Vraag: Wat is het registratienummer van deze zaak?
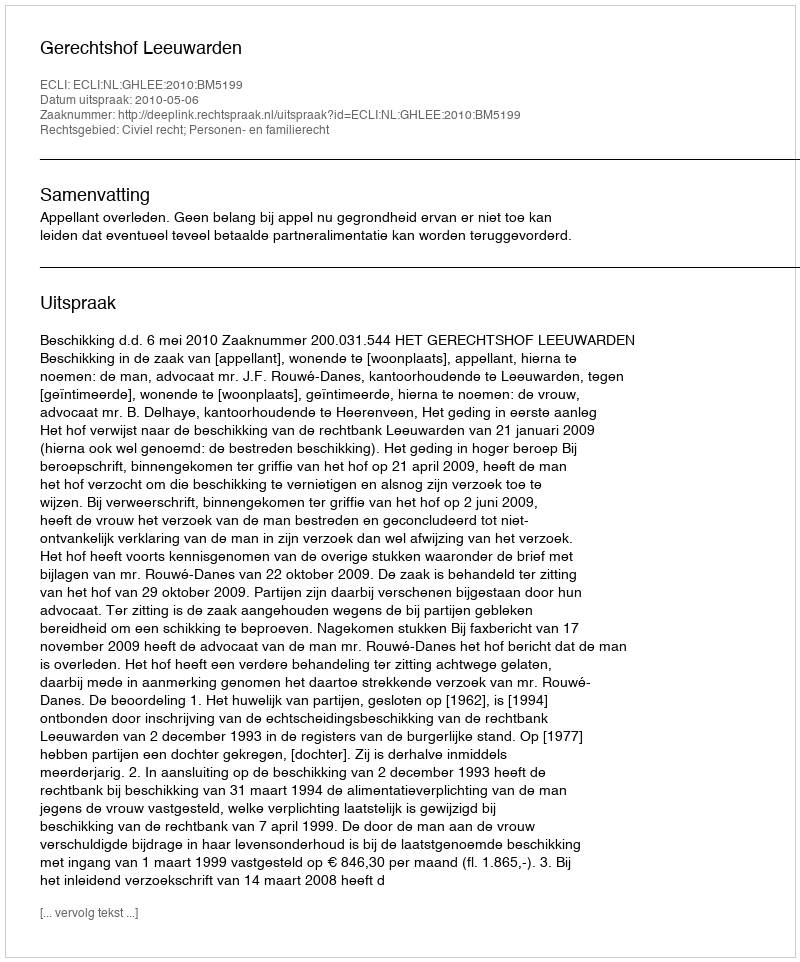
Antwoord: http://deeplink.rechtspraak.nl/uitspraak?id=ECLI:NL:GHLEE:2010:BM5199